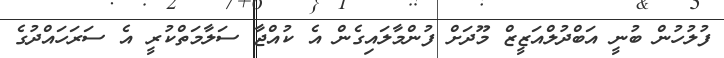
ފުލުހުން ބުނީ އަބްދުލްއަޒީޒް މޫދަށް ފުންމާލައިގެން އެ ކުއްޖާ ސަލާމަތްކުރީ އެ ސަރަހައްދުގެ